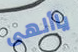
ياألهى